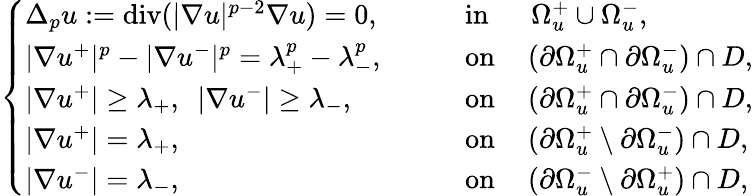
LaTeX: \left\{ \begin{array}{ll}{\Delta_{p}u:=\mathrm{div}(|\nabla u|^{p-2}\nabla u)=0,}&{\qquad\mathrm{in}\quad\, \, \, \Omega_{u}^{+}\cup\Omega_{u}^{-},}\\ {|\nabla u^{+}|^{p}-|\nabla u^{-}|^{p}=\lambda_{+}^{p}-\lambda_{-}^{p},}&{\qquad\mathrm{on}\quad\left(\partial\Omega_{u}^{+}\cap\partial\Omega_{u}^{-}\right)\cap D,}\\ {|\nabla u^{+}|\geq\lambda_{+},\, \, \, |\nabla u^{-}|\geq\lambda_{-},}&{\qquad\mathrm{on}\quad\left(\partial\Omega_{u}^{+}\cap\partial\Omega_{u}^{-}\right)\cap D,}\\ {|\nabla u^{+}|=\lambda_{+},}&{\qquad\mathrm{on}\quad\left(\partial\Omega_{u}^{+}\setminus\partial\Omega_{u}^{-}\right)\cap D,}\\ {|\nabla u^{-}|=\lambda_{-},}&{\qquad\mathrm{on}\quad\left(\partial\Omega_{u}^{-}\setminus\partial\Omega_{u}^{+}\right)\cap D,}\end{array}\right.